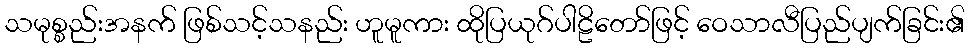
သမုစ္စည်းအနက် ဖြစ်သင့်သနည်း ဟူမူကား ထိုပြယုဂ်ပါဠိတော်ဖြင့် ဝေသာလီပြည်ပျက်ခြင်း၏